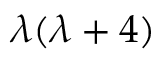
\lambda ( \lambda + 4 )